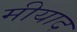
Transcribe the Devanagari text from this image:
मीयाद